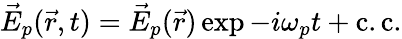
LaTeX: \vec{E}_{p}(\vec{r},t)=\vec{E}_{p}(\vec{r})\exp{-i\omega_{p}t}+\mathrm{c.c.}